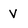
Character: V